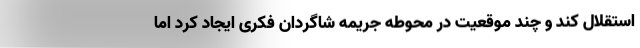
استقلال کند و چند موقعیت در محوطه جریمه شاگردان فکری ایجاد کرد اما